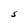
Character: S